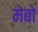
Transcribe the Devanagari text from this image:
मेबो